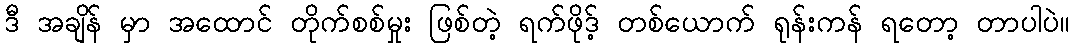
ဒီ အချိန် မှာ အထောင် တိုက်စစ်မှုး ဖြစ်တဲ့ ရက်ဖိုဒ့် တစ်ယောက် ရုန်းကန် ရတော့ တာပါပဲ။